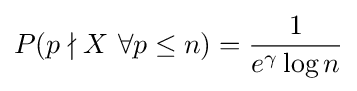
P(p\nmid X\ \forall p\leq n)={\frac {1}{e^{\gamma }\log n}}